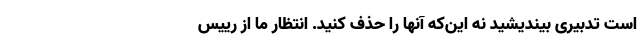
است تدبیری بیندیشید نه این‌که آنها را حذف کنید. انتظار ما از رییس